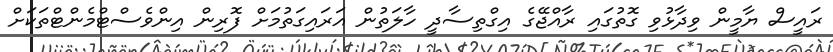
ރައީސް ޔާމީން ވިދާޅުވި ގޮތުގައި ރާއްޖޭގެ އިގްތިސާދީ ހާލަތުން އަރައިގަތުމަށް ފޮރިން އިންވެސްޓްމެންޓްތަކަށް